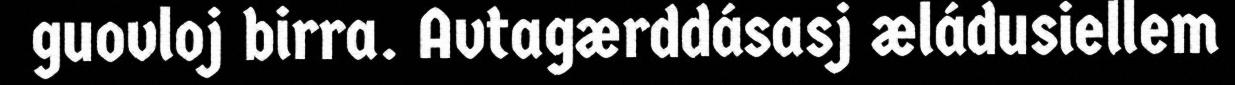
guovloj birra. Avtagærddásasj æládusiellem